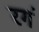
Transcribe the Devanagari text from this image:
रगं